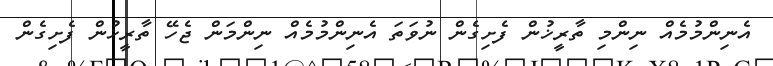
އެނިންމުމެއް ނިންމި ތާރީޚުން ފެށިގެން ނުވަތަ އެނިންމުމެއް ނިންމަން ޖެހޭ ތާރީޚުން ފެށިގެން